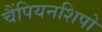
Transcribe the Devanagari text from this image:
चैंपियनशिपो